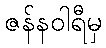
ဇန်နဝါရီမှ